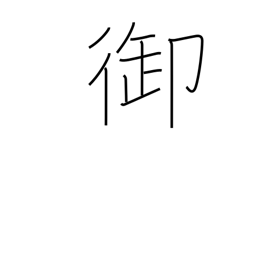
Meaning: govern